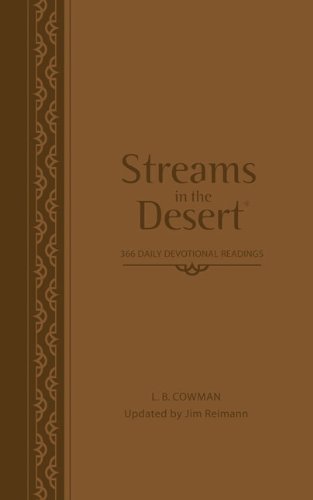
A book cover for Streams in the Desert: 366 Daily Devotional Readings; L. B. E. Cowman; Christian Books & Bibles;